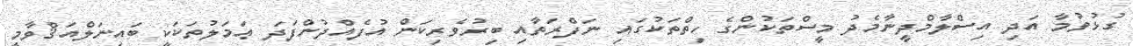
ގުޅުވުމާ އަދި އިސްލާމްދީނާމެދު މީސްތަކުންގެ ހިތްތަކުގައި ނަފްރަތާއި ބިރުވެރިކަން އުފެއްދުންފަދަ ޢަމަލުތަކަކީ ބައިނަލްއަޤްވާމީ